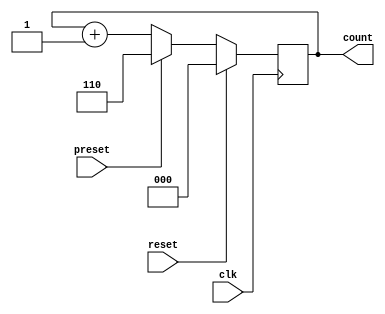
module binary_counter (
    input clk,
    input reset,
    input preset,
    output reg [2:0] count
);

// Declare internal signals
reg [2:0] next_count;

always @(posedge clk) begin
    if (reset) begin
        count <= 3'b000;
    end else if (preset) begin
        count <= 3'b110;  // preset to specific value
    end else begin
        next_count = count + 1;
        count <= next_count;  // increment count by one
    end
end

endmodule